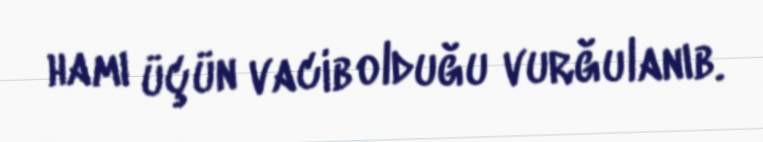
hamı üçün vacib olduğu vurğulanıb.